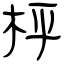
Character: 枰